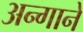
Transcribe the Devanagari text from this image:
अन्गाने